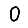
Digit: 0